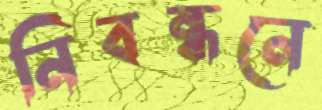
নিবন্ধনে